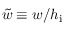
\tilde { w } \equiv w / h _ { \mathrm { i } }